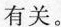
有关。